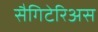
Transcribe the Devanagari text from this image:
सैगिटेरिअस